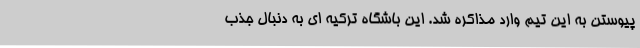
پیوستن به این تیم وارد مذاکره شد. این باشگاه ترکیه ای به دنبال جذب